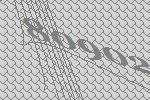
80902